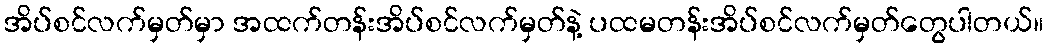
အိပ်စင်လက်မှတ်မှာ အထက်တန်းအိပ်စင်လက်မှတ်နဲ့ ပထမတန်းအိပ်စင်လက်မှတ်တွေပါတယ်။